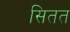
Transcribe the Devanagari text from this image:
सितत